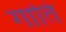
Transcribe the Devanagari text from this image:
गाति